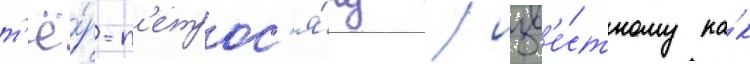
т'ё́р-п'етрос'я́ну / изв'е́стному ка́к